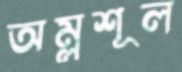
অম্লশূল